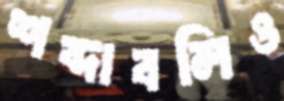
শব্দাবলিও